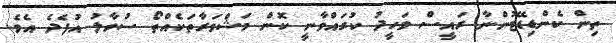
ތިން ކެންޑިޑޭޓުންނާ ރައީސް ވަހީދު ކުރައްވާނީ ކޮން މަޝްވަރާތަކެއްތޯ ސުވާލު އުފެދެ އެވެ.